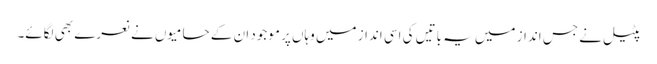
پٹیل نے جس انداز میں یہ باتیں کی اسی انداز میں وہاں پر موجود ان کے حامیوں نے نعرے بھی لگائے۔